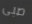
صبى